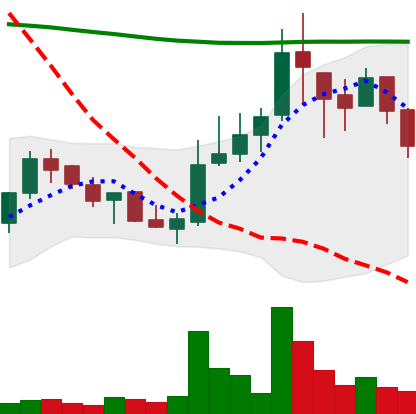
Ticker: LINK-USD
Chart end date: 2018-08-04
Forward return: 7.031%
Label: up_7plus